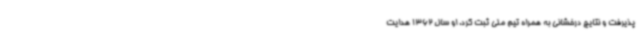
پذیرفت و نتایج درخشانی به همراه تیم ملی ثبت کرد. او سال 1362 هدایت